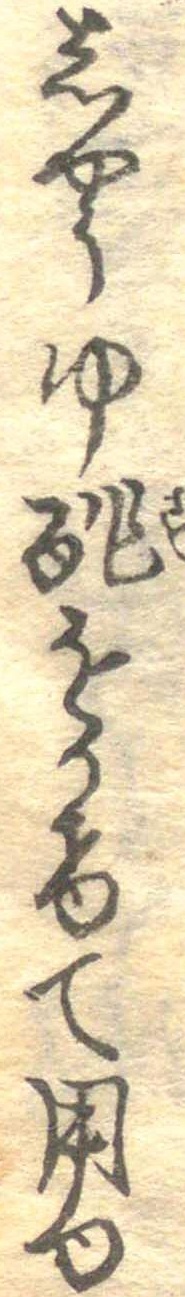
しやうゆ酢をかけて用ゆ